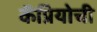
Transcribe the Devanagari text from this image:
कॅप्रियोची